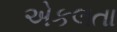
એકલતા